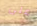
على